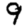
Digit: 9